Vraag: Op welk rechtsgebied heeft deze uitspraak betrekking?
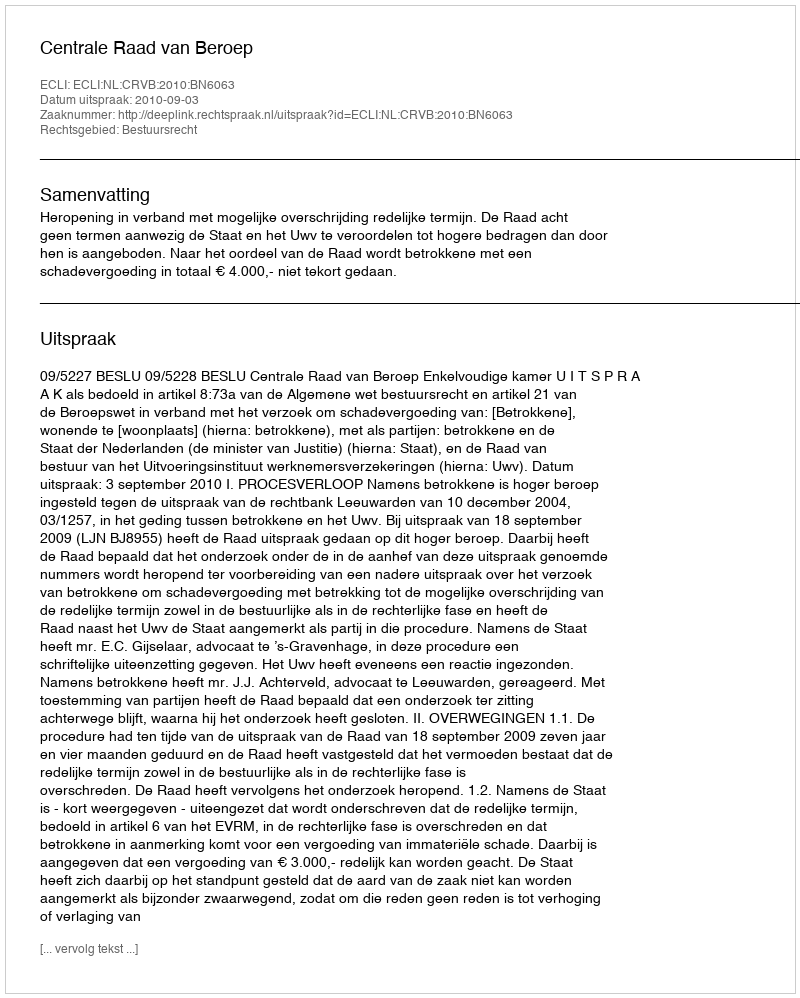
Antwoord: Bestuursrecht